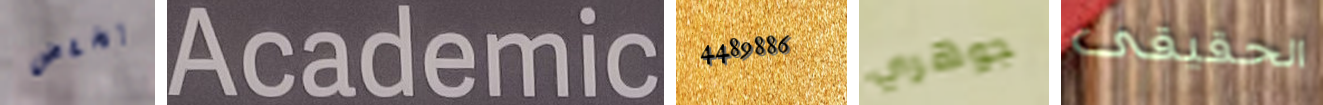
يخفض Academic 4489886 جوهري الحقيقى